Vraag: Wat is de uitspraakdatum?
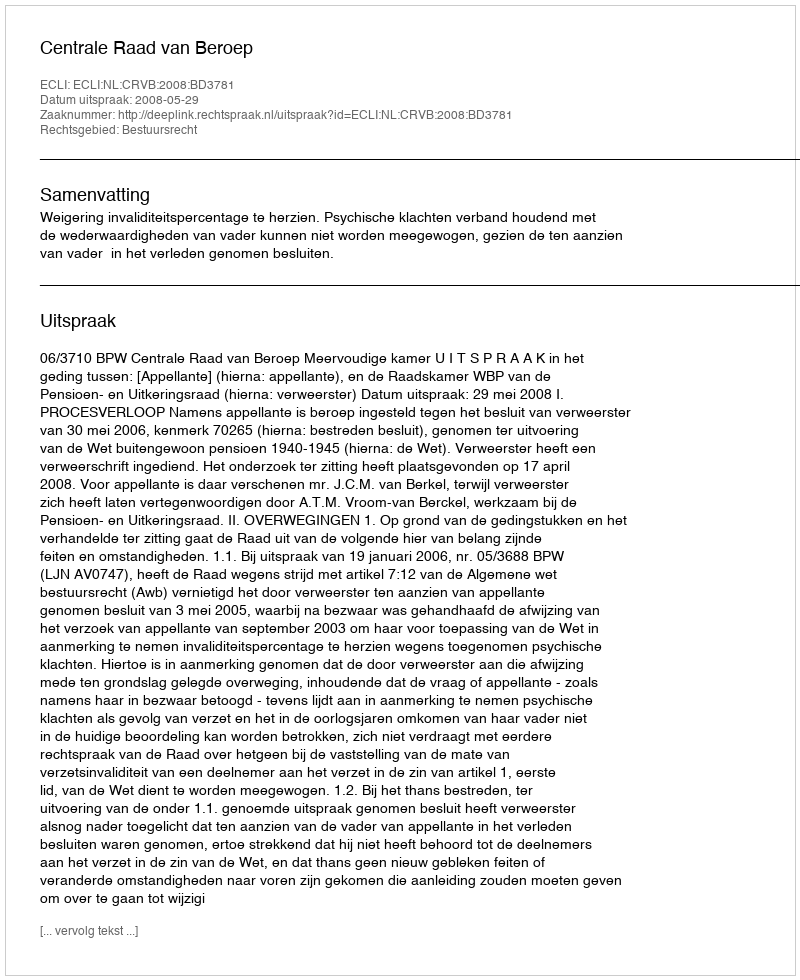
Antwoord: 2008-05-29